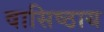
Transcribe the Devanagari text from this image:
वासिष्ठाय